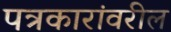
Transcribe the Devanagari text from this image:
पत्रकारांवरील